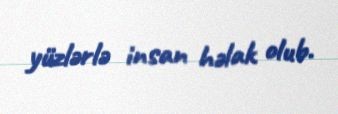
yüzlərlə insan həlak olub.